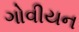
ગોવીયન